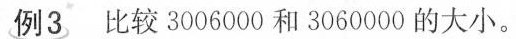
例3比较3006000和3060000的大小